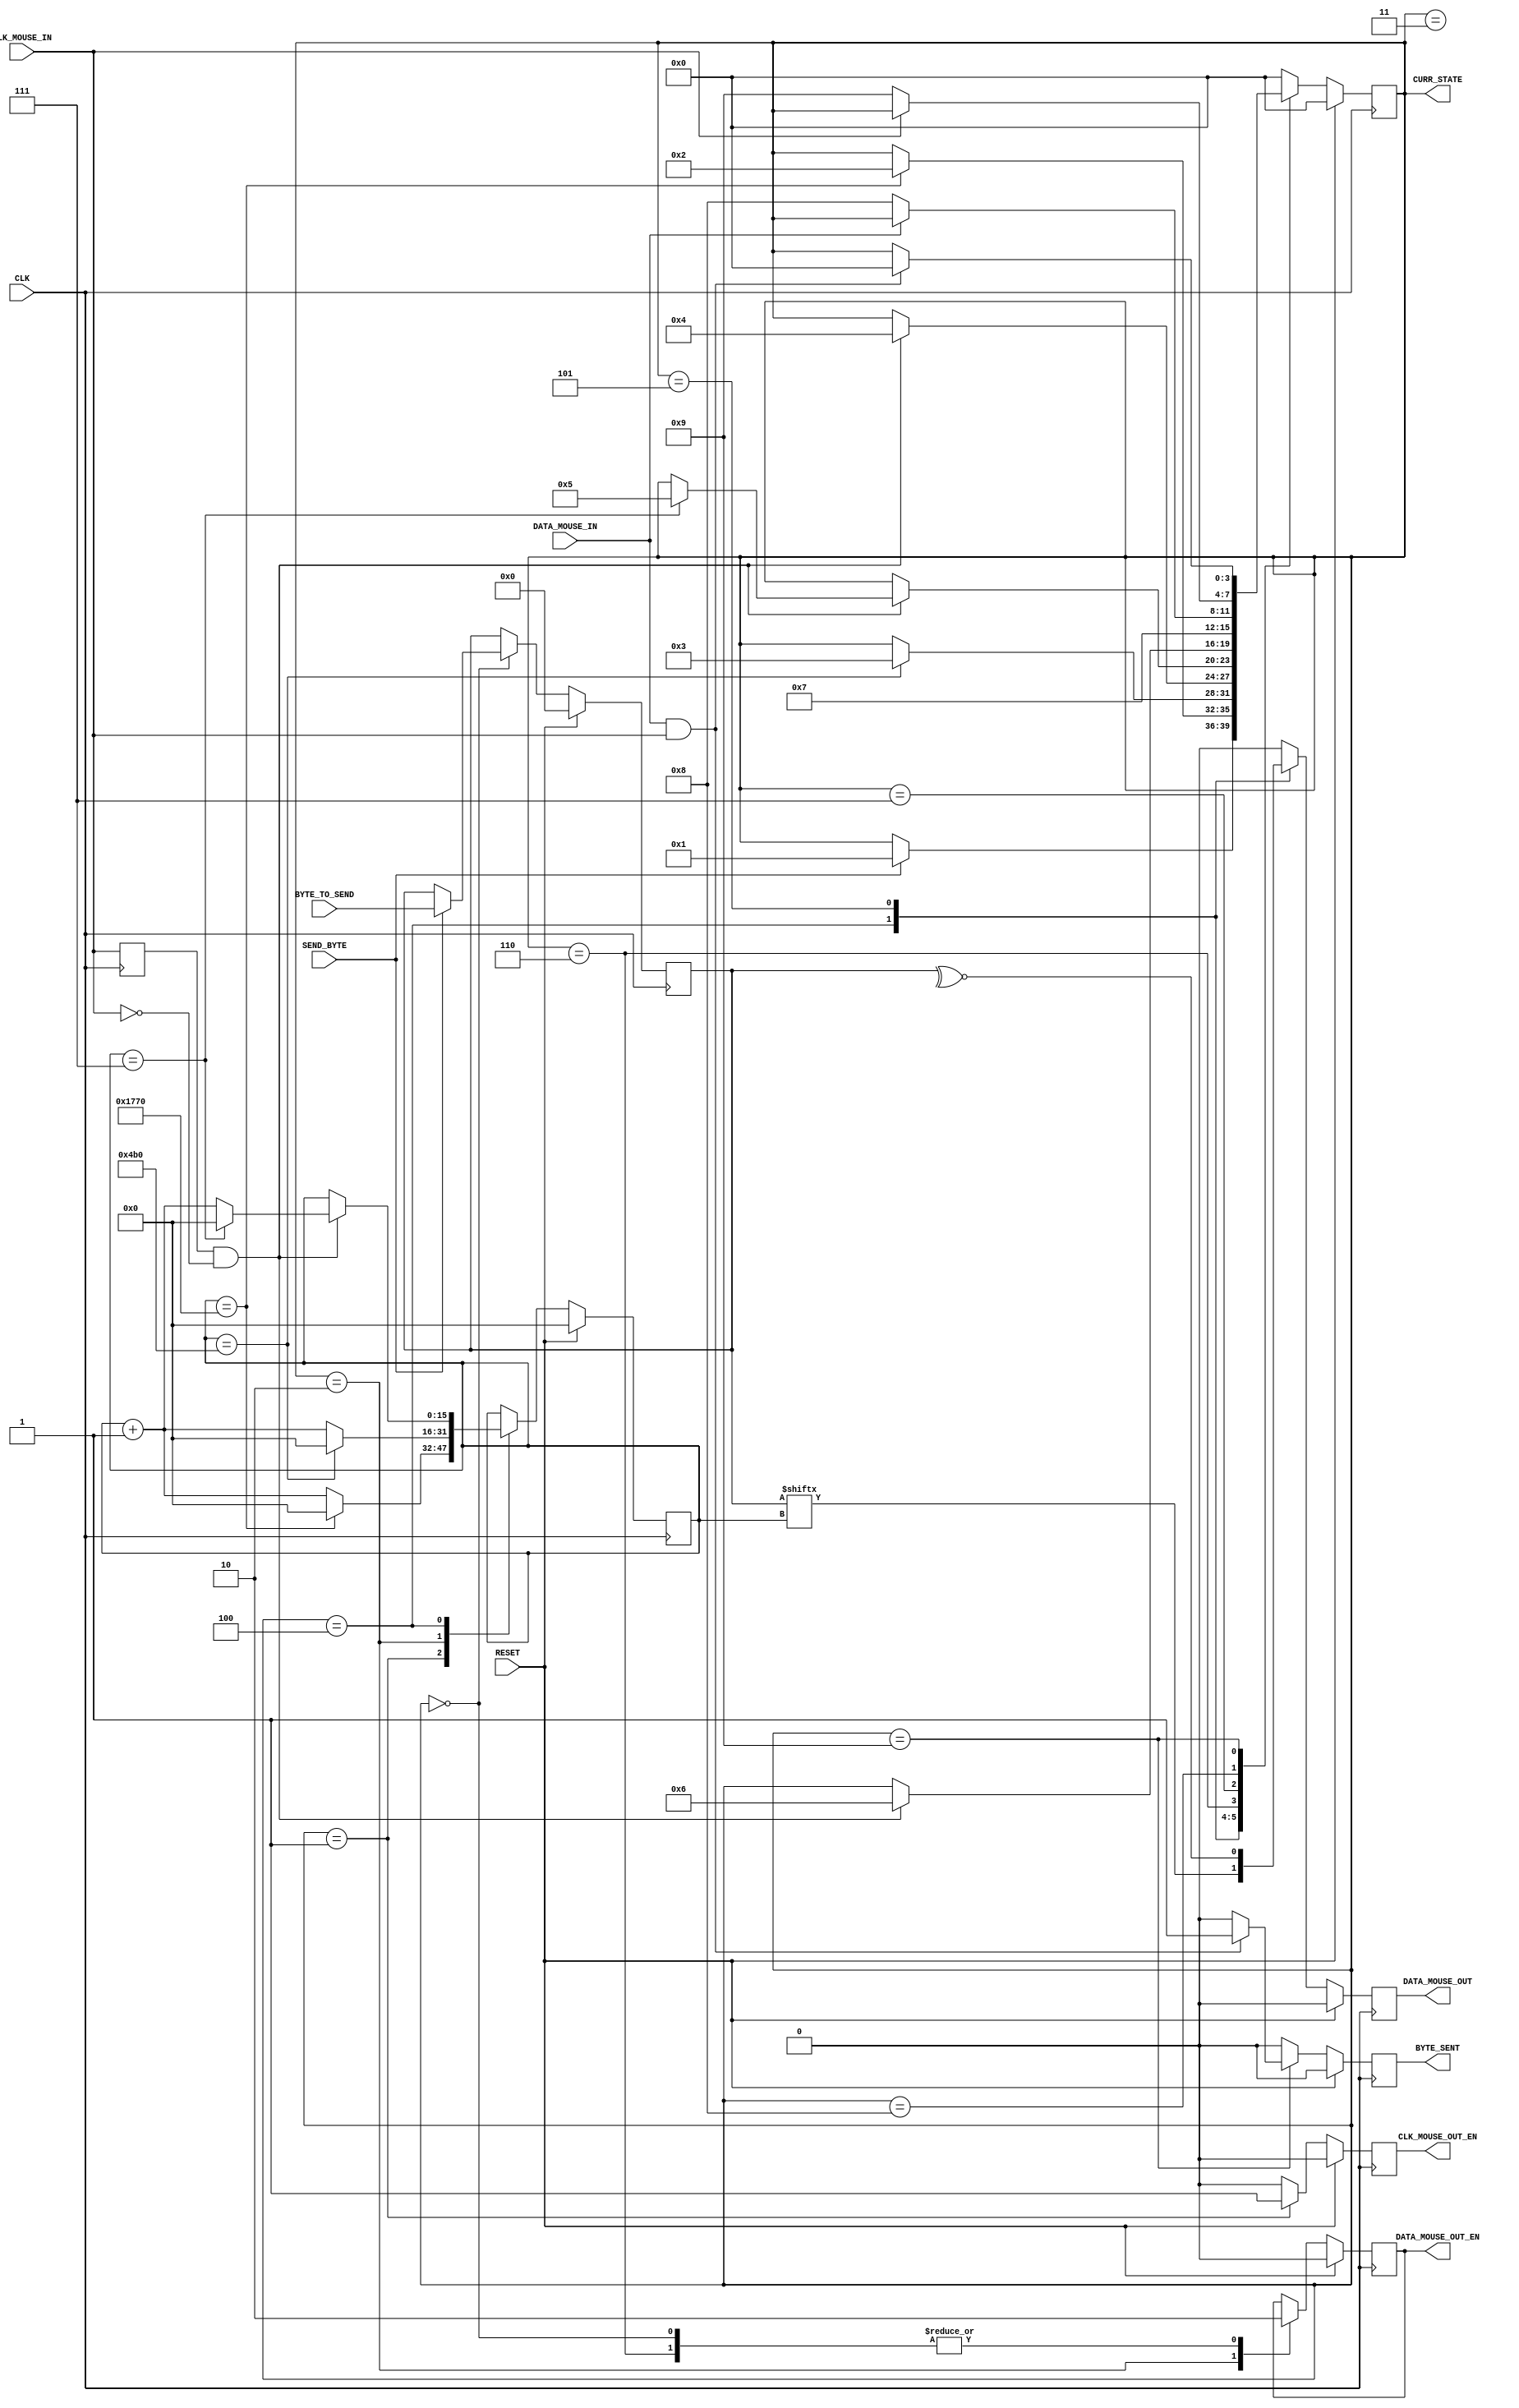
`timescale 1ns / 1ps
//////////////////////////////////////////////////////////////////////////////////
// Company: 
// Engineer: 
// 
// Design Name: 
// Module Name: MouseTransmitter
// Project Name: 
// Target Devices: 
// Tool Versions: 
// Description: 
// 
// Dependencies: 
// 
// Revision:
// Revision 0.01 - File Created
// Additional Comments:
// 
//////////////////////////////////////////////////////////////////////////////////


module MouseTransmitter(
    //Standard Inputs
    input RESET,
    input CLK,
    //Mouse IO - CLK
    input CLK_MOUSE_IN,
    output CLK_MOUSE_OUT_EN, // Allows for the control of the Clock line
    //Mouse IO - DATA
    input DATA_MOUSE_IN,
    output DATA_MOUSE_OUT,
    output DATA_MOUSE_OUT_EN,
    //Control
    input SEND_BYTE,
    input [7:0] BYTE_TO_SEND,
    output BYTE_SENT,
    output [3:0] CURR_STATE
     );
//////////////////////////////////////////////////////////
// Clk Mouse delayed to detect clock edges
reg ClkMouseInDly;
always@(posedge CLK)
    ClkMouseInDly <= CLK_MOUSE_IN;
//////////////////////////////////////////////////////////
//Now a state machine to control the flow of write data
reg [3:0] Curr_State, Next_State;
reg Curr_MouseClkOutWE, Next_MouseClkOutWE;        //Write Enable = WE
reg Curr_MouseDataOut, Next_MouseDataOut;
reg Curr_MouseDataOutWE, Next_MouseDataOutWE;
reg [15:0] Curr_SendCounter, Next_SendCounter;        
reg Curr_ByteSent, Next_ByteSent;
reg [7:0] Curr_ByteToSend, Next_ByteToSend;
//Sequential
always@(posedge CLK) begin
    if(RESET) begin
        Curr_State <= 4'h0;
        Curr_MouseClkOutWE <= 1'b0;
        Curr_MouseDataOut <= 1'b0;
        Curr_MouseDataOutWE <= 1'b0;
        Curr_SendCounter <= 0;
        Curr_ByteSent <= 1'b0;
        Curr_ByteToSend <= 0;
    end else begin
        Curr_State <= Next_State;
        Curr_MouseClkOutWE <= Next_MouseClkOutWE;
        Curr_MouseDataOut <= Next_MouseDataOut;
        Curr_MouseDataOutWE <= Next_MouseDataOutWE;
        Curr_SendCounter <= Next_SendCounter;
        Curr_ByteSent <= Next_ByteSent;
        Curr_ByteToSend <= Next_ByteToSend;
    end
end
//Combinatorial
always@* begin
//default values
    Next_State = Curr_State;
    Next_MouseClkOutWE = 1'b0;
    Next_MouseDataOut = 1'b0;
    Next_MouseDataOutWE = Curr_MouseDataOutWE;
    Next_SendCounter = Curr_SendCounter;
    Next_ByteSent = 1'b0;
    Next_ByteToSend = Curr_ByteToSend;
    case(Curr_State)
//IDLE
    4'h0 : begin
         if(SEND_BYTE) begin
            Next_State = 4'h1;
            Next_ByteToSend = BYTE_TO_SEND;
         end
         Next_MouseDataOutWE = 1'b0;
    end
//Question
//Basys3 board has 100MHz clock at W5?? So at least 10000 clock cycles.Why 6000 here?
//Bring Clock line low for at least 100 microsecs i.e. 5000 clock cycles @ 50MHz
    4'h1 : begin
         if(Curr_SendCounter == 6000) begin
            Next_State = 4'h2;
            Next_SendCounter = 0;
         end else
            Next_SendCounter = Curr_SendCounter + 1'b1;
         Next_MouseClkOutWE = 1'b1;
    end
//Bring the Data Line Low and release the Clock line
    4'h2 : begin
        if(Curr_SendCounter == 1200) begin    //Short period of waiting in Figure 4 from material
            Next_State = 4'h3;
            Next_SendCounter = 0;
        end else
            Next_SendCounter = Curr_SendCounter + 1'b1;

        Next_MouseDataOutWE = 1'b1;
    end
//Start Sending
    4'h3 : begin // change data at falling edge of clock, start bit = 0
        
        if(ClkMouseInDly & ~CLK_MOUSE_IN)
             Next_State = 4'h4;
    end
//Send Bits 0 to 7 - We need to send the byte
    4'h4 : begin // change data at falling edge of clock
         if(ClkMouseInDly & ~CLK_MOUSE_IN) begin
            if(Curr_SendCounter == 7) begin
                Next_State = 4'h5;
                Next_SendCounter = 0;
            end else
                 Next_SendCounter = Curr_SendCounter + 1'b1;
         end
         Next_MouseDataOut = Curr_ByteToSend[Curr_SendCounter];
    end
//Send the parity bit
    4'h5 : begin // change data at falling edge of clock
         if(ClkMouseInDly & ~CLK_MOUSE_IN)
            Next_State = 4'h6;
         Next_MouseDataOut = ~^Curr_ByteToSend[7:0];
    end
//Release Data line
    4'h6 : begin      
             Next_State = 4'h7;
         Next_MouseDataOutWE = 1'b0;
    end
/*
Wait for Device to bring Data line low, then wait for Device to bring Clock line low, and finally wait for
Device to release both Data and Clock.
*/
    4'h7 : begin 
        if (~DATA_MOUSE_IN)
            Next_State = 4'h8; 
    end
// then wait for Device to bring Clock line low

     4'h8 : begin 
        if (~CLK_MOUSE_IN)
            Next_State = 4'h9; 
    end
// and finally wait for Device to release both Data and Clock

    4'h9 : begin 
        if (DATA_MOUSE_IN & CLK_MOUSE_IN)begin
            Next_State = 4'h0;
            Next_ByteSent = 1'b1;    //trigger the byte_sent command
        end
             
    end

    default: Next_State = 4'h0;        //default state is 0
    endcase
end
///////////////////////////////////////////////////////////////
//Assign OUTPUTs
//Mouse IO - CLK
assign CLK_MOUSE_OUT_EN = Curr_MouseClkOutWE;
//Mouse IO - DATA
assign DATA_MOUSE_OUT = Curr_MouseDataOut;
assign DATA_MOUSE_OUT_EN = Curr_MouseDataOutWE;
//Control
assign BYTE_SENT = Curr_ByteSent;
assign CURR_STATE = Curr_State;

endmodule